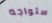
ستواجه